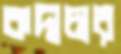
কদাচার